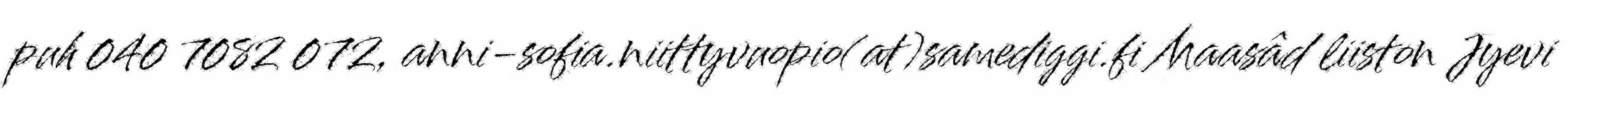
puh 040 7082 072, anni-sofia.niittyvuopio(at)samediggi.fi Maasâd liiston Jyevi